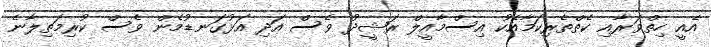
އެއީ ހިތްވަރާއި ކެތްތެރިކަމާއެކު އިސްމާއީލް ރަޝީދު ވެސް އަދި އަޅުގަނޑުމެން ވެސް ކުރިމަތިލާނެ